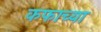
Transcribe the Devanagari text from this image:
कफाच्या